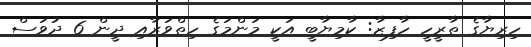
ހިރިޔާގެ ތާރީހީ ހާފިޒާ: ކާމިޔާބީ އަކީ މަންމަގެ ހިތްވަރާއި ދީން 6 ދުވަސް